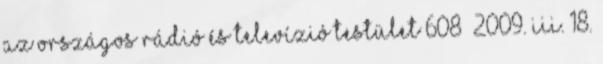
az ORSZÁGOS RÁDIÓ ÉS TELEVÍZIÓ TESTÜLET 608 2009. III. 18.